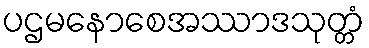
ပဌမနောစေအဿာဒသုတ္တံ